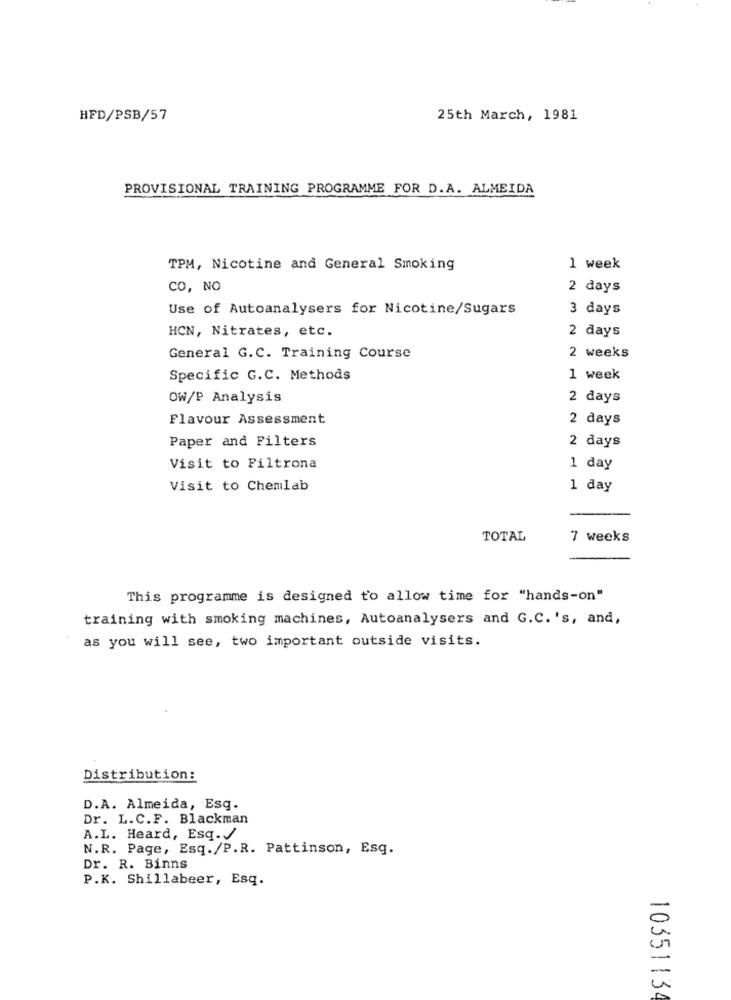
HFD/PSB/57
25th March, 1981
PROVISIONAL TRAINING PROGRAMME FOR D.A. ALMEIDA
TPM, Nicotine and General Smoking
1 week
CO, NO
2 days
Use of Autoanalysers for Nicotine/Sugars
3 days
HCN, Nitrates, etc.
2 days
General G.C. Training Course
2 weeks
Specific G.C. Methods
1 week
OW/P Analysis
2 days
Flavour Assessment
2 days
Paper and Filters
2 days
Visit to Filtrona
1 day
Visit to Chemlab
1 day
TOTAL
7 weeks
This programme is designed to allow time for "hands-on"
training with smoking machines, Autoanalysers and G.C. 's, and,
as you will see, two important outside visits.
Distribution:
D.A. Almeida, Esq.
Dr. L.C.F. Blackman
A.L. Heard, Esq. /
N.R. Page, Esq./P.R. Pattinson, Esq.
Dr. R. Binns
P.K. Shillabeer, Esq.
10351134